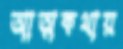
আত্মকথায়